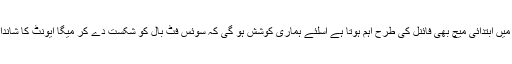
انہوں نے کہا کہ ورلڈ کپ میں ابتدائی میچ بھی فائنل کی طرح اہم ہوتا ہے اسلئے ہماری کوشش ہو گی کہ سوئس فٹ بال کو شکست دے کر میگا ایونٹ کا شاندار طریقے سے آغاز کریں۔